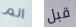
الم قبل